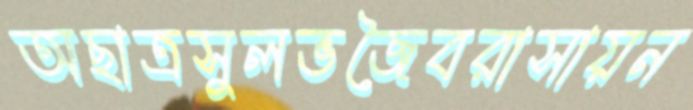
অছাত্রসুলভজৈবরাসায়ন